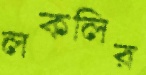
লকলির